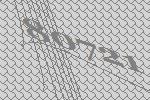
80721